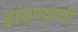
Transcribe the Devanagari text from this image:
डांबण्याची